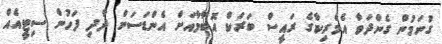
ގުނަމުން ގެންދަވާ އެމެރިކާގެ ރައީސް ބަރަކް އޮބާމާއަށް އެންޑަސަން ދާދި ފަހުން ސިޓީއެއް